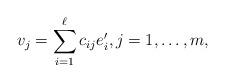
LaTeX: \begin{align*} v_j = \sum_{i=1}^\ell c_{ij} e'_i ,\mbox{$j=1,\ldots,m$} ,\end{align*}